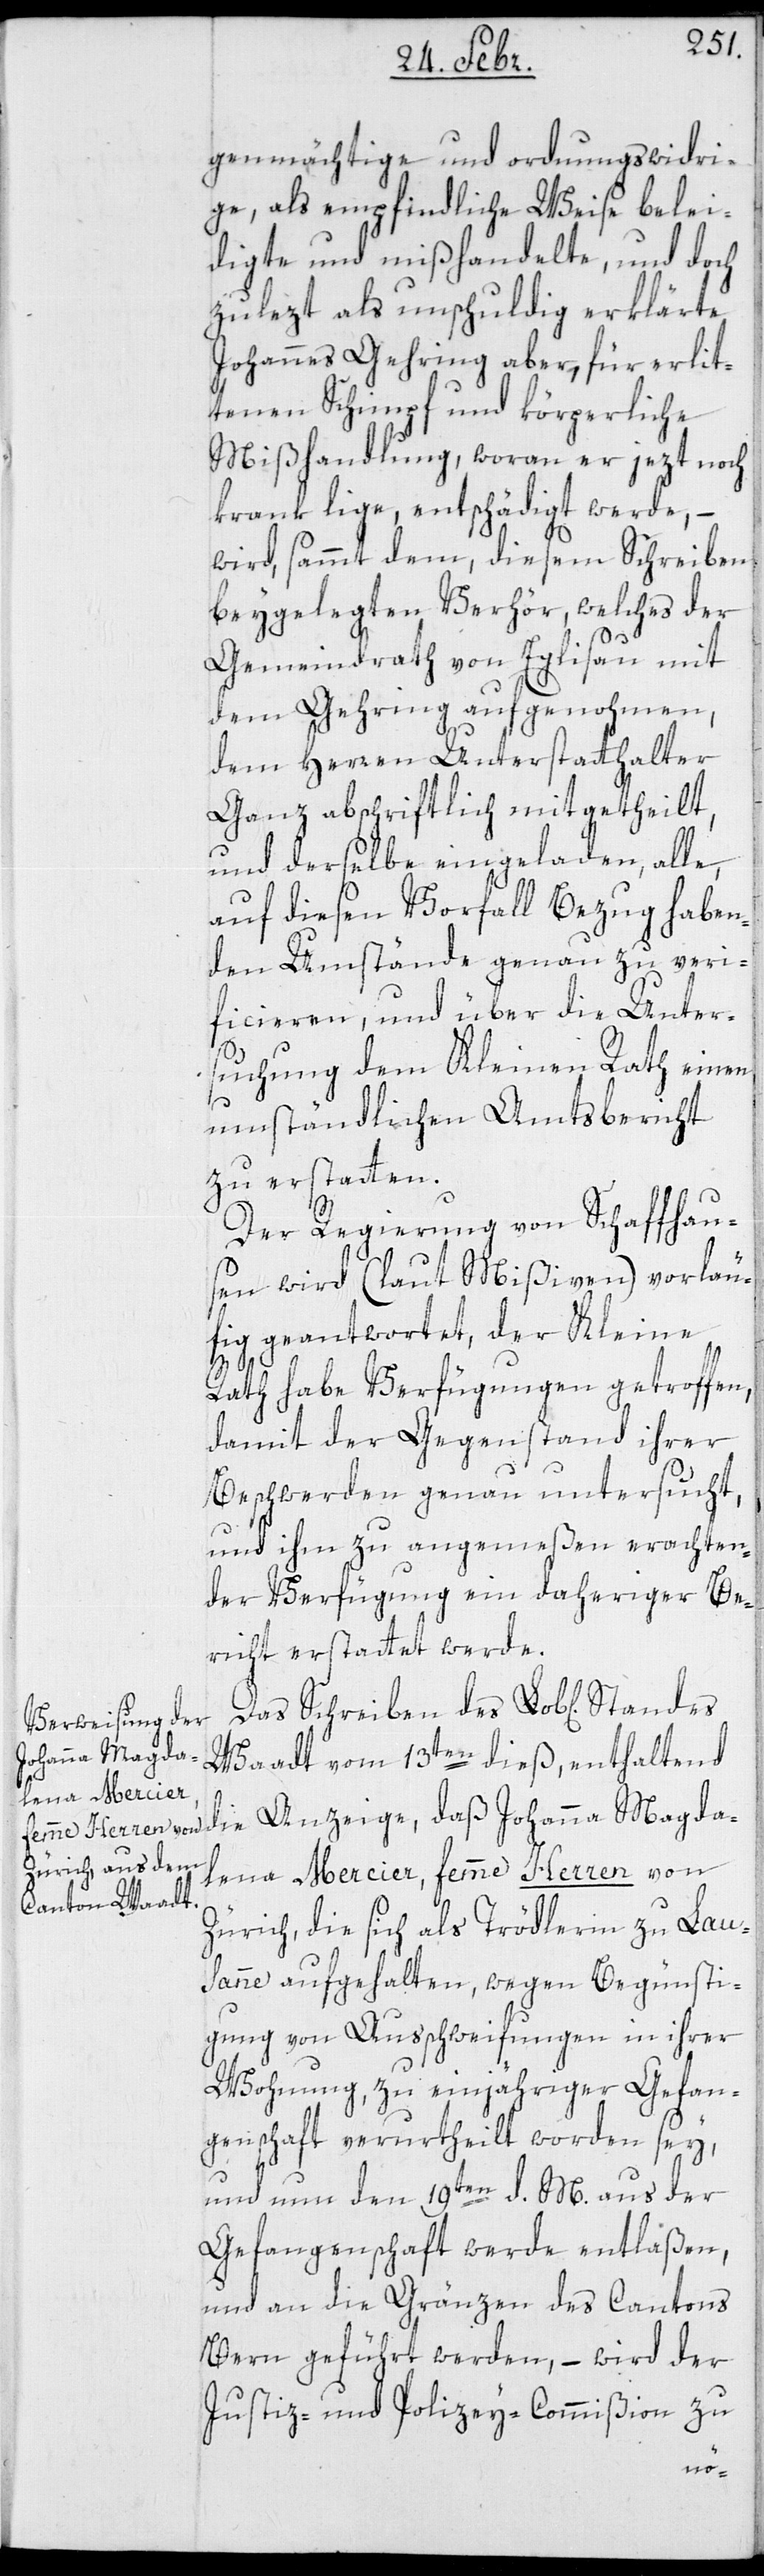
genmächtige und ordnungswidri¬
ge als empfindliche Weise belei¬
digte und mißhandelte, und doch
zulezt als unschuldig erklärte
Johannes Gehring aber für erlit¬
tenen Schimpf und körperliche
Mißhandlung, woran er jezt noch
krank lige, entschädigt werde, –
wird sammt dem, diesem Schreiben
beygelegten Verhör, welches der
Gemeindrath von Eglisau mit
dem Gehring aufgenohmen,
dem Herren Unterstatthalter
Ganz abschriftlich mitgetheilt,
und derselbe eingeladen, alle
auf diesen Vorfall Bezug haben¬
den Umstände genau zu veri¬
ficieren, und über die Unter¬
suchung dem Kleinen Ratheinen
umständlichen Amtsbericht
zu erstatten.
Der Regierung von Schaffhaus¬
en wird (laut Mißiven) vorläu¬
fig geantwortet, der Kleine
Rath habe Verfügungen getroffen,
damit der Gegenstand ihrer
Beschwerden genau untersucht,
und ihm zu angemeßen erachten¬
der Verfügung ein daheriger Be¬
richt erstattet werde.
Das Schreiben des Lob[lichen]
Waadt vom 13ten dieß, enthaltend
die Anzeige, daß Johanna Magda¬
lena Mercier, femme Herren von
Zürich, die sich als Trödlerin zu Lau¬
sanne aufgehalten, wegen Begünsti¬
gung von Außchweifungen in ihrer
Wohnung, zu einjähriger Gefan¬
genschaft verurtheilt worden sey,
und nun den 19ten d. M. aus der
Gefangenschaft werde entlaßen,
und an die Gränzen des Cantons
Bern geführt werden, – wird der
Justiz- und Polizey-Commißion zu